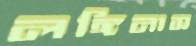
লঙ্গিনাস